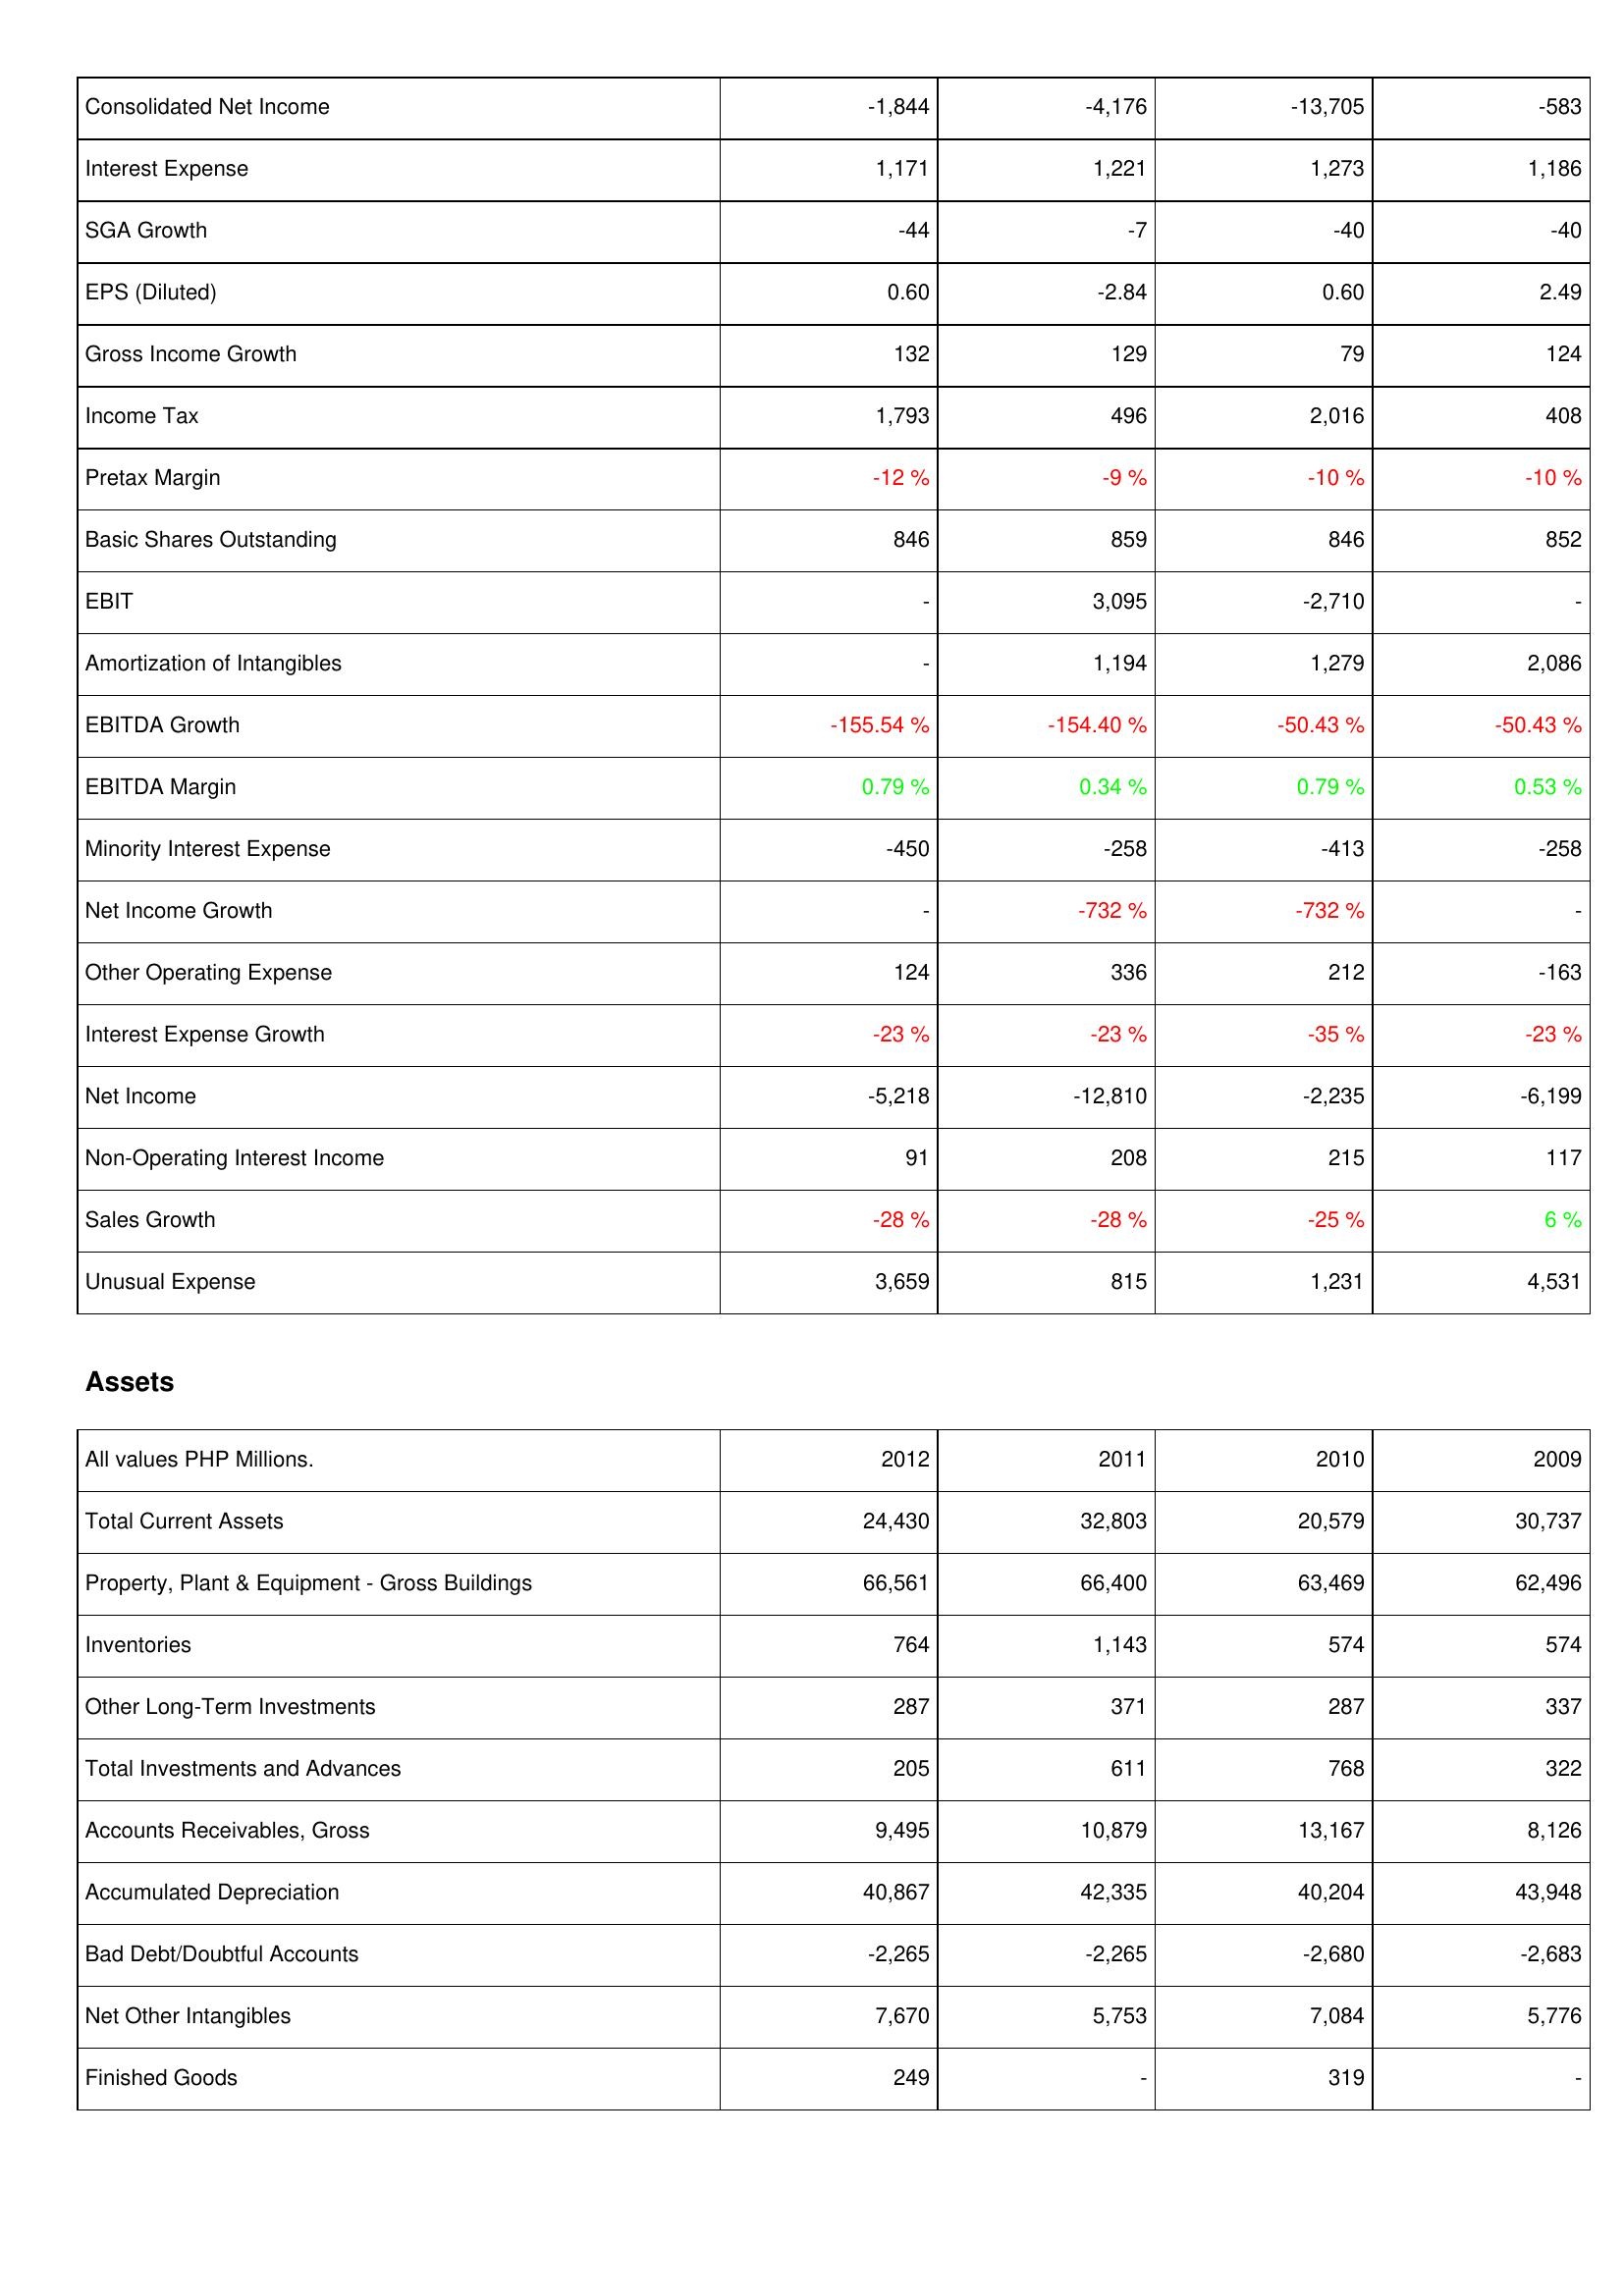
2012: Income Statement: Consolidated Net Income: -1,844
Interest Expense: 1,171
SGA Growth: -44
EPS (Diluted): 0.60
Gross Income Growth: 132
Income Tax: 1,793
Pretax Margin: -12 %
Basic Shares Outstanding: 846
EBIT: -
Amortization of Intangibles: -
EBITDA Growth: -155.54 %
EBITDA Margin: 0.79 %
Minority Interest Expense: -450
Net Income Growth: -
Other Operating Expense: 124
Interest Expense Growth: -23 %
Net Income: -5,218
Non-Operating Interest Income: 91
Sales Growth: -28 %
Unusual Expense: 3,659
Assets: Total Current Assets: 24,430
Property, Plant & Equipment - Gross Buildings: 66,561
Inventories: 764
Other Long-Term Investments: 287
Total Investments and Advances: 205
Accounts Receivables, Gross: 9,495
Accumulated Depreciation: 40,867
Bad Debt/Doubtful Accounts: -2,265
Net Other Intangibles: 7,670
Finished Goods: 249
2011: Income Statement: Consolidated Net Income: -4,176
Interest Expense: 1,221
SGA Growth: -7
EPS (Diluted): -2.84
Gross Income Growth: 129
Income Tax: 496
Pretax Margin: -9 %
Basic Shares Outstanding: 859
EBIT: 3,095
Amortization of Intangibles: 1,194
EBITDA Growth: -154.40 %
EBITDA Margin: 0.34 %
Minority Interest Expense: -258
Net Income Growth: -732 %
Other Operating Expense: 336
Interest Expense Growth: -23 %
Net Income: -12,810
Non-Operating Interest Income: 208
Sales Growth: -28 %
Unusual Expense: 815
Assets: Total Current Assets: 32,803
Property, Plant & Equipment - Gross Buildings: 66,400
Inventories: 1,143
Other Long-Term Investments: 371
Total Investments and Advances: 611
Accounts Receivables, Gross: 10,879
Accumulated Depreciation: 42,335
Bad Debt/Doubtful Accounts: -2,265
Net Other Intangibles: 5,753
Finished Goods: -
2010: Income Statement: Consolidated Net Income: -13,705
Interest Expense: 1,273
SGA Growth: -40
EPS (Diluted): 0.60
Gross Income Growth: 79
Income Tax: 2,016
Pretax Margin: -10 %
Basic Shares Outstanding: 846
EBIT: -2,710
Amortization of Intangibles: 1,279
EBITDA Growth: -50.43 %
EBITDA Margin: 0.79 %
Minority Interest Expense: -413
Net Income Growth: -732 %
Other Operating Expense: 212
Interest Expense Growth: -35 %
Net Income: -2,235
Non-Operating Interest Income: 215
Sales Growth: -25 %
Unusual Expense: 1,231
Assets: Total Current Assets: 20,579
Property, Plant & Equipment - Gross Buildings: 63,469
Inventories: 574
Other Long-Term Investments: 287
Total Investments and Advances: 768
Accounts Receivables, Gross: 13,167
Accumulated Depreciation: 40,204
Bad Debt/Doubtful Accounts: -2,680
Net Other Intangibles: 7,084
Finished Goods: 319
2009: Income Statement: Consolidated Net Income: -583
Interest Expense: 1,186
SGA Growth: -40
EPS (Diluted): 2.49
Gross Income Growth: 124
Income Tax: 408
Pretax Margin: -10 %
Basic Shares Outstanding: 852
EBIT: -
Amortization of Intangibles: 2,086
EBITDA Growth: -50.43 %
EBITDA Margin: 0.53 %
Minority Interest Expense: -258
Net Income Growth: -
Other Operating Expense: -163
Interest Expense Growth: -23 %
Net Income: -6,199
Non-Operating Interest Income: 117
Sales Growth: 6 %
Unusual Expense: 4,531
Assets: Total Current Assets: 30,737
Property, Plant & Equipment - Gross Buildings: 62,496
Inventories: 574
Other Long-Term Investments: 337
Total Investments and Advances: 322
Accounts Receivables, Gross: 8,126
Accumulated Depreciation: 43,948
Bad Debt/Doubtful Accounts: -2,683
Net Other Intangibles: 5,776
Finished Goods: -